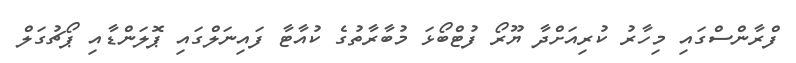
ފްރާންސްގައި މިހާރު ކުރިއަށްދާ ޔޫރޯ ފުޓްބޯޅަ މުބާރާތުގެ ކުއާޓާ ފައިނަލްގައި ޕޮލަންޑާއި ޕޯޗުގަލް